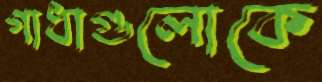
গাধাগুলোকে